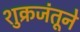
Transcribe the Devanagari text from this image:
शुक्रजंतूने